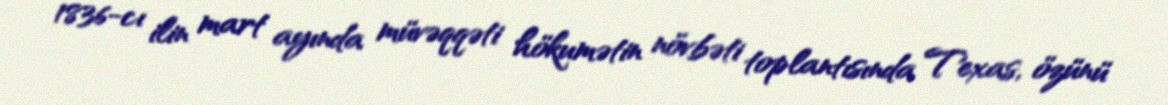
1836-cı ilin mart ayında müvəqqəti hökumətin növbəti toplantısında Texas, özünü